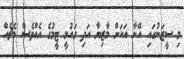
މި ސީޒަނުގައި އޭނާ އަކަށް މާޒިޔާ އަދި ގައުމީ ޓީމުގެ އެއްވެސް މެޗެއް